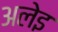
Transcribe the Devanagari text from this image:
अलेइ